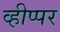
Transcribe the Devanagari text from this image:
व्हीप्पर